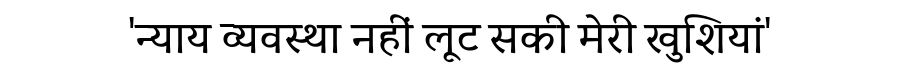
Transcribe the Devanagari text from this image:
'न्याय व्यवस्था नहीं लूट सकी मेरी खुशियां'